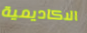
الاكاديمية